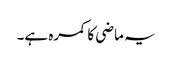
یہ ماضی کا کمرہ ہے۔